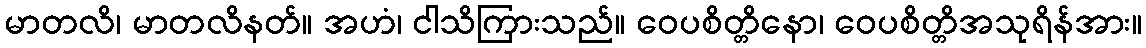
မာတလိ၊ မာတလိနတ်။ အဟံ၊ ငါသိကြားသည်။ ဝေပစိတ္တိနော၊ ဝေပစိတ္တိအသုရိန်အား။